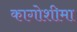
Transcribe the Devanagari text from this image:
कागोशीमा